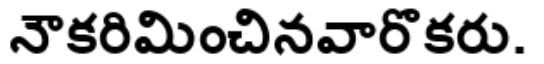
నౌకరిమించినవారొకరు.